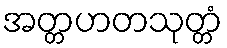
အတ္တဟတသုတ္တံ